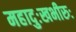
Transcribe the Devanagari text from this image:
महादुःखभीरुः